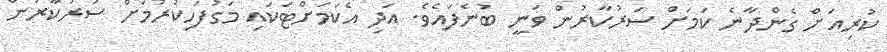
ކުރިއަށް ގެންދާނެ ކަމަށް ސަރުކާރުން ވަނީ ބުނެފައެވެ. އަދި އެކަމަށްޓަކައި މަގުފަހިކުރުމަށް ސަރުކާރުން